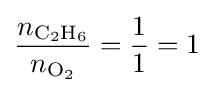
{\frac {n_{{\ce {C2H6}}}}{n_{{\ce {O2}}}}}={\frac {1}{1}}=1